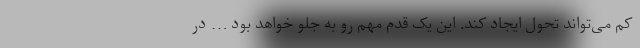
کم می‌تواند تحول ایجاد کند. این یک قدم مهم رو به جلو خواهد بود … در